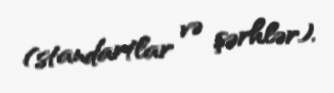
(standartlar və şərhlər).